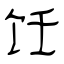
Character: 饪